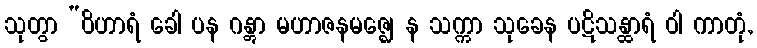
သုတွာ “ဝိဟာရံ ခေါ ပန ဂန္တွာ မဟာဇနမဇ္ဈေ န သက္ကာ သုခေန ပဋိသန္ထာရံ ဝါ ကာတုံ,